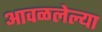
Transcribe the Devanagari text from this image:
आवळलेल्या